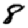
Digit: 8